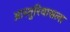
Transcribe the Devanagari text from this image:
आस्तुरियासला